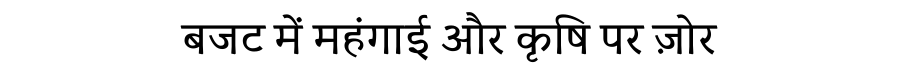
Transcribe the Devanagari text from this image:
बजट में महंगाई और कृषि पर ज़ोर